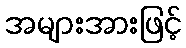
အများအားဖြင့်